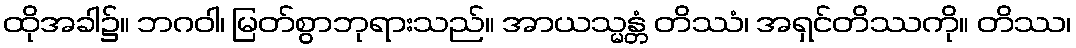
ထိုအခါ၌။ ဘဂဝါ၊ မြတ်စွာဘုရားသည်။ အာယသ္မန္တံ တိဿံ၊ အရှင်တိဿကို။ တိဿ၊